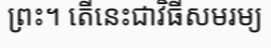
ព្រះ។ តើនេះជាវិធីសមរម្យ